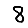
Digit: 8